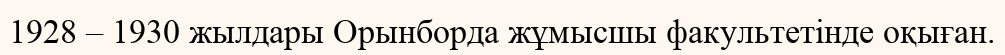
1928 – 1930 жылдары Орынборда жұмысшы факультетінде оқыған.